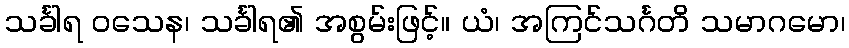
သင်္ခါရ ဝသေန၊ သင်္ခါရ၏ အစွမ်းဖြင့်။ ယံ၊ အကြင်သင်္ဂတိ သမာဂမော၊